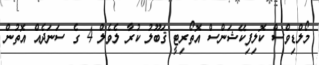
މޯލްޑިވްސް ކޮލިފިކޭޝަންސް އޮތޯރިޓީ ޤަބޫލު ކުރާ ލެވެލް 4 ގެ ސަނަދެއް އޮތުން